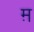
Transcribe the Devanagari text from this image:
म़